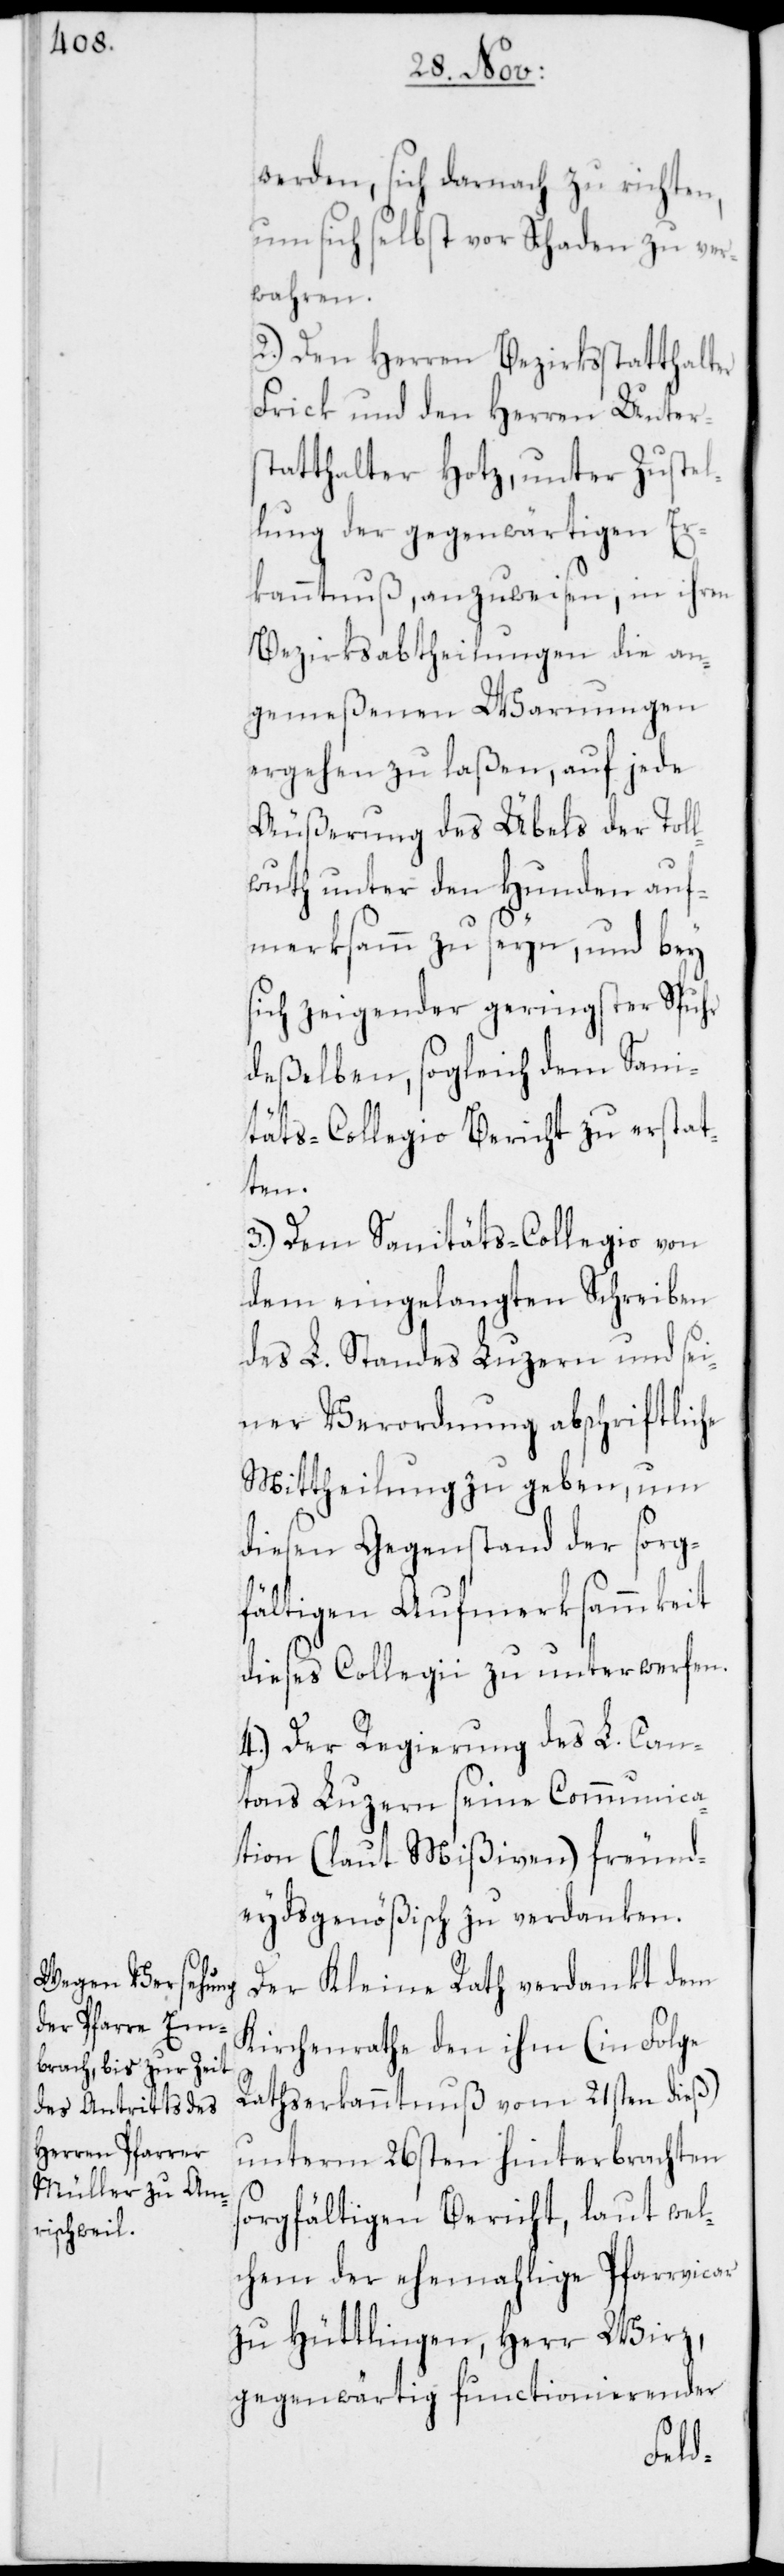
werden, sich darnach zu richten,
um sich selbst vor Schaden zu ver¬
wahren.
2.) Den Herren Bezirksstatthalter
Frick und den Herren Unters¬
tatthalter Hotz, unter Zustel¬
lung der gegenwärtigen Er¬
kanntnuß, anzuweisen, in ihren
Bezirksabtheilungen die an¬
gemeßenen Warnungen
ergehen zu laßen, auf jede
Äußerung des Übels der Tol¬
lwuth unter den Hunden auf¬
merksamm zu seyn, und bey
sich zeigender geringster Spuhr
deßelben, sogleich dem Sani¬
täts-Collegio Bericht zu erstat¬
ten.
3.) Dem Sanitäts-Collegio von
dem eingelangten Schreiben
des L. Standes Luzern und sei¬
ner Verordnung abschriftliche
Mittheilung zu geben, um
diesen Gegenstand der sorg¬
fältigen Aufmerksammkeit
dieses Collegii zu unterwerfen.
4.) Der Regierung des L. Can¬
tons Luzern seine Communica¬
tion (laut Mißiven) freund¬
eydsgenößisch zu verdanken.
Der Kleine Rath verdankt dem
Kirchenrathe den ihm (in Folge
Rathserkanntnuß vom 21sten dieß)
unterm 26sten hinterbrachten
sorgfältigen Bericht, laut wel¬
chem der ehemahlige Pfarrvicar
zu Hüttlingen, Herr Wirz,
gegenwärtig functionierender